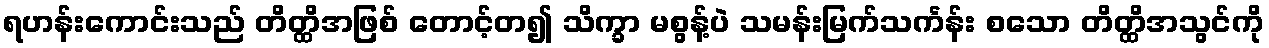
ရဟန်းကောင်းသည် တိတ္ထိအဖြစ် တောင့်တ၍ သိက္ခာ မစွန့်ပဲ သမန်းမြက်သင်္ကန်း စသော တိတ္ထိအသွင်ကို